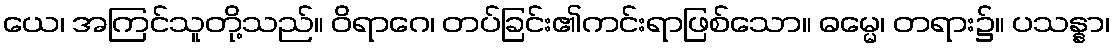
ယေ၊ အကြင်သူတို့သည်။ ဝိရာဂေ၊ တပ်ခြင်း၏ကင်းရာဖြစ်သော။ ဓမ္မေ၊ တရား၌။ ပသန္နာ၊